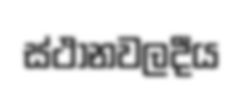
ස්ථානවලදීය